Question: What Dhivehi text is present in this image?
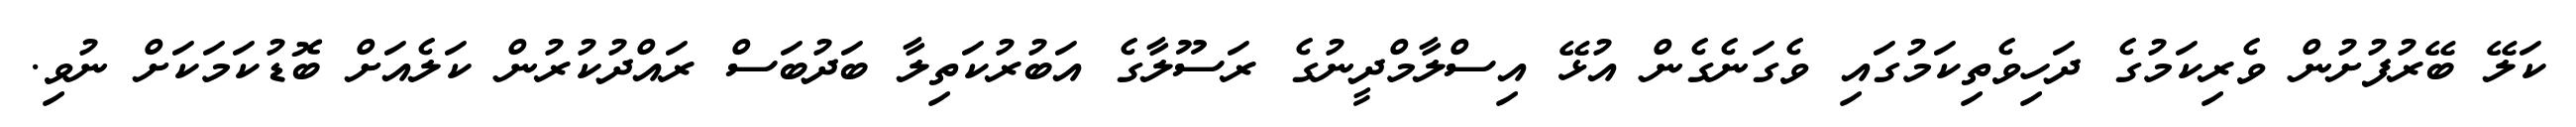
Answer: ކަލޭ ބޭރުފުށުން ވެރިކަމުގެ ދަހިވެތިކަމުގައި ވެގަނެގެން އުޅޭ އިސްލާމްދީނުގެ ރަސޫލާގެ އަބުރުކަތިލާ ބަދުބަސް ރައްދުކުރުން ކަލެއަށް ބޮޑުކަމަކަށް ނުވި.